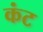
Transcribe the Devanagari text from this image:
कंट